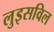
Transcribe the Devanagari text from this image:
लुइसविल